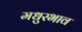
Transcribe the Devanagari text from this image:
मधुरभाव